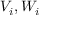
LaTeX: \mathbf { } V _ { i } , W _ { i }